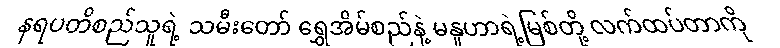
နရပတိစည်သူရဲ့ သမီးတော် ရွှေအိမ်စည်နဲ့ မနူဟာရဲ့မြစ်တို့ လက်ထပ်တာကို